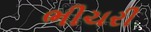
ભીચરી